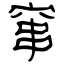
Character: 窜